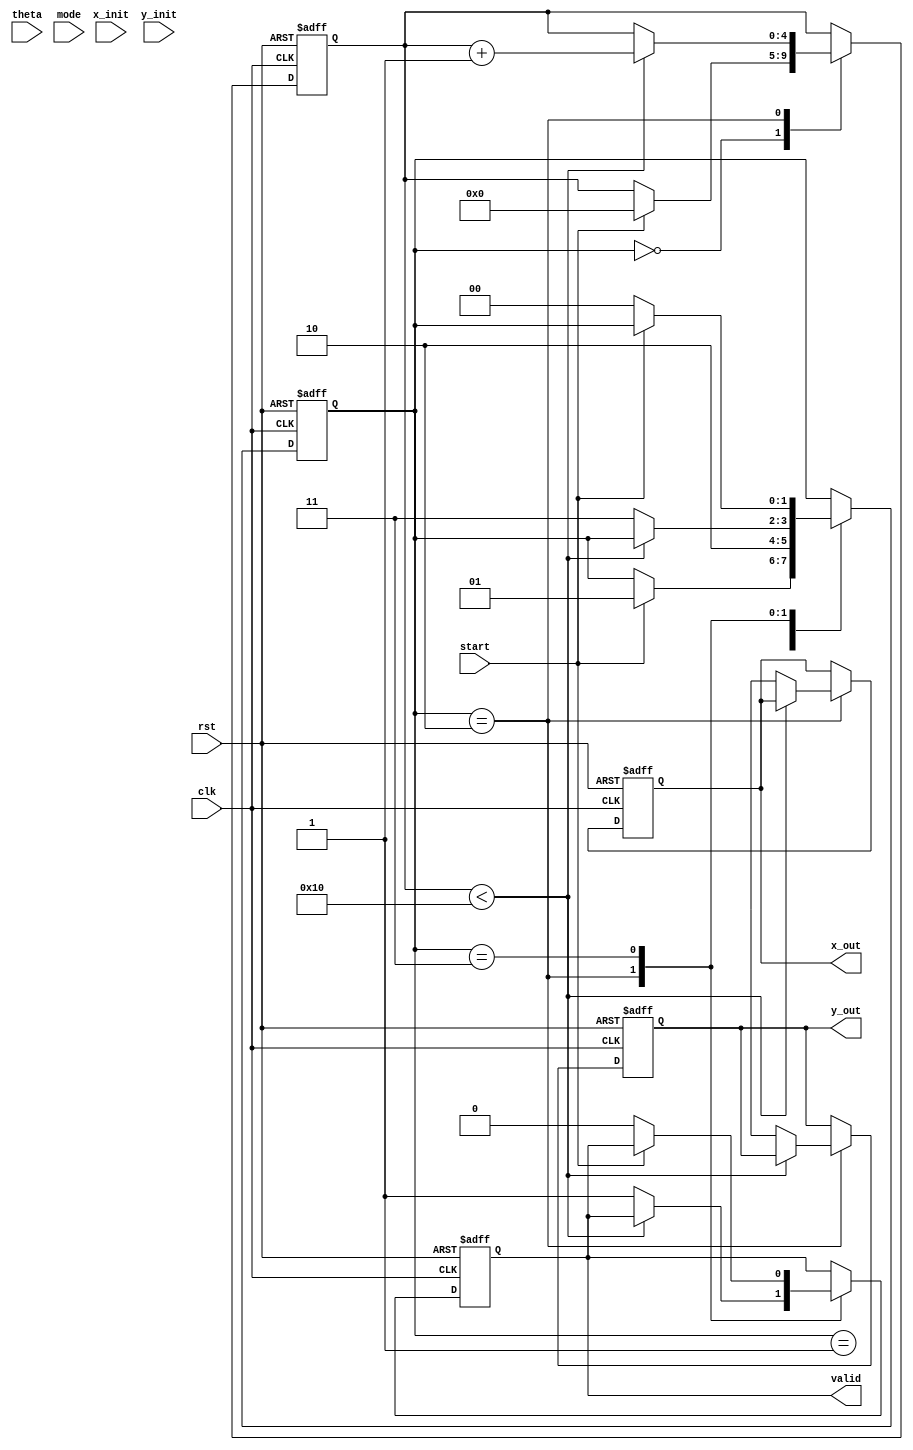
module modified_cordic (
    input clk,
    input rst,
    input start,
    input [15:0] theta, // Input angle in fixed-point format
    input [15:0] x_init, // Initial X vector
    input [15:0] y_init, // Initial Y vector
    input mode, // 0: Rotation, 1: Vectoring
    output reg [15:0] x_out, // Final X output
    output reg [15:0] y_out, // Final Y output
    output reg valid // Output valid signal
);

    parameter N = 16; // Number of iterations
    parameter K = 16'h26DD; // Scaling factor (K = 1/sqrt(1 + 2^(-2n)))

    reg [15:0] x [0:N-1]; // Shift register for X
    reg [15:0] y [0:N-1]; // Shift register for Y
    reg [15:0] z [0:N-1]; // Angle register
    reg [4:0] count; // Iteration counter
    reg [1:0] state; // FSM state

    // CORDIC angle lookup table for the first N iterations
    reg [15:0] atan_table [0:N-1];

    initial begin
        // Initialize atan_table with pre-computed arctangent values
        atan_table[0] = 16'h2000; // atan(2^0)
        atan_table[1] = 16'h1000; // atan(2^-1)
        atan_table[2] = 16'h0800; // atan(2^-2)
        atan_table[3] = 16'h0400; // atan(2^-3)
        atan_table[4] = 16'h0200; // atan(2^-4)
        atan_table[5] = 16'h0100; // atan(2^-5)
        atan_table[6] = 16'h0080; // atan(2^-6)
        atan_table[7] = 16'h0040; // atan(2^-7)
        atan_table[8] = 16'h0020; // atan(2^-8)
        atan_table[9] = 16'h0010; // atan(2^-9)
        atan_table[10] = 16'h0008; // atan(2^-10)
        atan_table[11] = 16'h0004; // atan(2^-11)
        atan_table[12] = 16'h0002; // atan(2^-12)
        atan_table[13] = 16'h0001; // atan(2^-13)
        atan_table[14] = 16'h0001; // atan(2^-14)
        atan_table[15] = 16'h0001; // atan(2^-15)
    end

    // FSM States
    localparam IDLE = 2'b00,
               INIT = 2'b01,
               COMPUTE = 2'b10,
               DONE = 2'b11;

    always @(posedge clk or posedge rst) begin
        if (rst) begin
            state <= IDLE;
            count <= 0;
            x_out <= 0;
            y_out <= 0;
            valid <= 0;
        end else begin
            case (state)
                IDLE: begin
                    if (start) begin
                        // Initialize values
                        x[0] <= x_init;
                        y[0] <= y_init;
                        z[0] <= theta;
                        count <= 0;
                        state <= INIT;
                    end
                end

                INIT: begin
                    // Begin computation
                    state <= COMPUTE;
                end

                COMPUTE: begin
                    if (count < N) begin
                        // Perform CORDIC iteration
                        if (mode == 0) begin // Rotation Mode
                            if (z[count] < 0) begin
                                x[count + 1] <= x[count] + (y[count] >> count);
                                y[count + 1] <= y[count] - (x[count] >> count);
                                z[count + 1] <= z[count] + atan_table[count];
                            end else begin
                                x[count + 1] <= x[count] - (y[count] >> count);
                                y[count + 1] <= y[count] + (x[count] >> count);
                                z[count + 1] <= z[count] - atan_table[count];
                            end
                        end else begin // Vectoring Mode
                            if (y[count] < 0) begin
                                x[count + 1] <= x[count] + (y[count] >> count);
                                y[count + 1] <= y[count] - (x[count] >> count);
                                z[count + 1] <= z[count] + atan_table[count];
                            end else begin
                                x[count + 1] <= x[count] - (y[count] >> count);
                                y[count + 1] <= y[count] + (x[count] >> count);
                                z[count + 1] <= z[count] - atan_table[count];
                            end
                        end
                        count <= count + 1;
                    end else begin
                        // Final outputs with scaling correction
                        x_out <= x[N] * K; // Scale the final X
                        y_out <= y[N] * K; // Scale the final Y
                        valid <= 1; // Set output valid
                        state <= DONE;
                    end
                end

                DONE: begin
                    // Wait for reset or new start
                    if (!start) begin
                        valid <= 0;
                        state <= IDLE;
                    end
                end
            endcase
        end
    end
endmodule